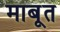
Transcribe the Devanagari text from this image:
माबूत